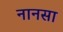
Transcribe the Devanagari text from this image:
नानसा